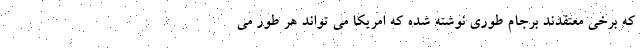
که برخی معتقدند برجام طوری نوشته شده که امریکا می تواند هر طور می